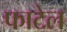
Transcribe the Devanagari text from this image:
फाटेल